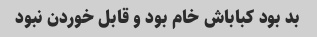
بد بود کباباش خام بود و قابل خوردن نبود